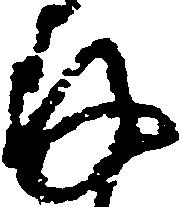
存